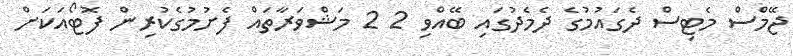
ޖޭމްސް މެޓިސް ދެގައުމުގެ ދެމެދުގައި ބޭއްވި 2 2 މަޝްވަރާތައް ފެށުމުގެކުރިން ފޮޓޯއަކަށް